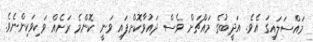
މައްސަލައިގަ އެވެ. އަދީބުގެ މައްޗަށް ވެސް ދައުވާކޮށްފައި ވަނީ ކޮންމެ ރަށެއް ވަކިވަކިންނެވެ.